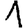
Digit: 1